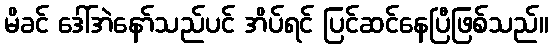
မိခင် ဒေါ်အဲနော်သည်ပင် အိပ်ရင် ပြင်ဆင်နေပြီဖြစ်သည်။